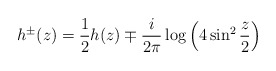
\begin{align*}h^\pm(z)=\frac{1}{2}h(z)\mp \frac{i}{2\pi}\log\left(4\sin^2\frac{z}{2}\right)\end{align*}